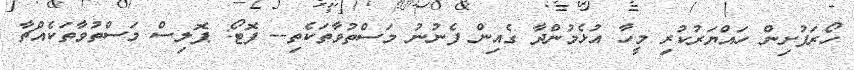
ހޯރަފުށިން ހައްޔަރުކުރި މީހާ އުޅެމުންދާ ގެއިން ފެނުނު މަސްތުވާތަކެތި-- ފޮޓޯ: ޕޮލިސް މަސްތުވާތަކެއްޗާ